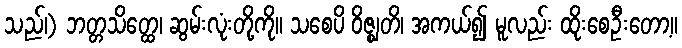
သည်၊) ဘတ္တသိတ္ထေ၊ ဆွမ်းလုံးတို့ကို။ သစေပိ ဝိဇ္ဈတိ၊ အကယ်၍ မူလည်း ထိုးစေဦးတော့။